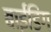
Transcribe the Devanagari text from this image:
बाईंडिंग